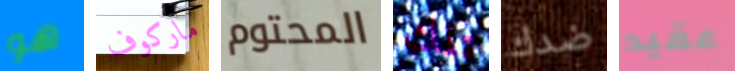
هو ماركوف المحتوم تلك ضدك عقيد